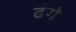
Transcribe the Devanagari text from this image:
ढंगे